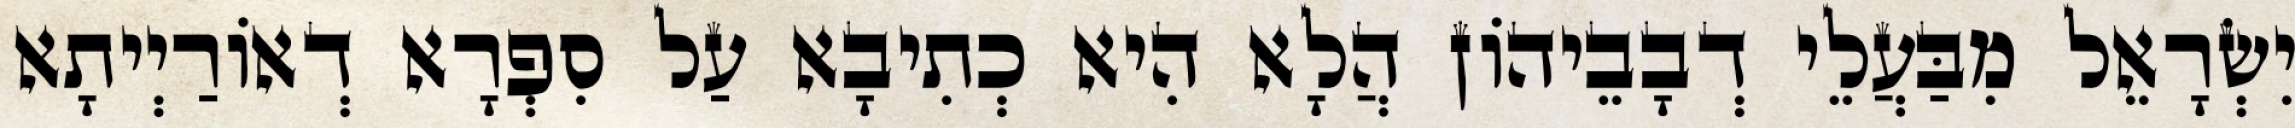
יִשְׂרָאֵל מִבַּעֲלֵי דְבָבֵיהוֹן הֲלָא הִיא כְתִיבָא עַל סִפְרָא דְאוֹרַיְיתָא